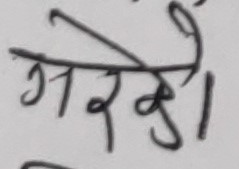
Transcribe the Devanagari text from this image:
गरेको।